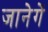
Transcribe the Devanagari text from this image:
जानेगें